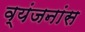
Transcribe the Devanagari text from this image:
व्यंजनांस